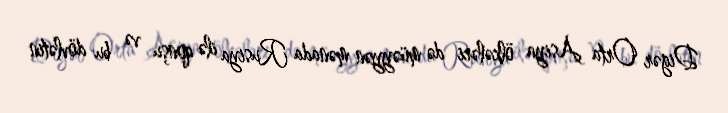
Digər Orta Asiya ölkələri də müəyyən mənada Rusiya ilə qonşu və bu dövlətin